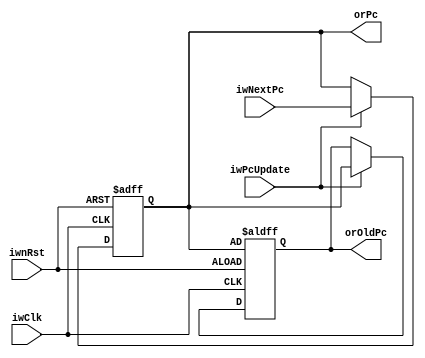
module pc#(
	parameter [31:0] pResetPc = 32'h0
)(
	input wire iwClk,
	input wire iwnRst,
	input wire iwPcUpdate,
	input wire [31:0]iwNextPc,
	
	output reg [31:0]orPc = pResetPc - 4,
	output reg [31:0]orOldPc = pResetPc - 4
);

initial begin
	orOldPc <= pResetPc - 4;
	orPc <= pResetPc - 4;
end

always @(posedge iwClk or negedge iwnRst) begin
	if (!iwnRst) begin
		orOldPc <= orPc;
		orPc <= pResetPc - 4;
	end else if (iwPcUpdate) begin
		orOldPc <= orPc;
		orPc <= iwNextPc;
	end
end

endmodule